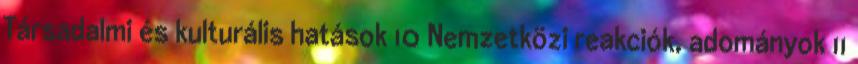
Társadalmi és kulturális hatások 10 Nemzetközi reakciók, adományok 11